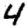
Digit: 4